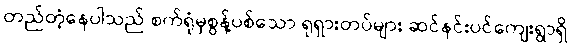
တည်တံ့နေပါသည် စက်ရုံမှစွန့်ပစ်သော ရုရှားတပ်များ ဆင်နင်းပင်ကျေးရွာရှိ